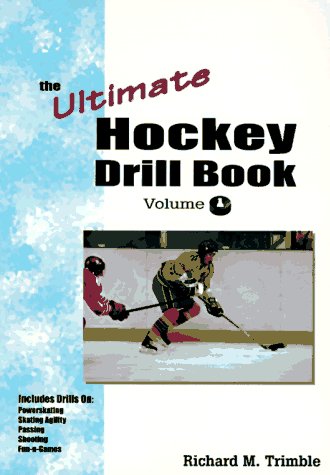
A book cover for The Ultimate Hockey Drill Book: Beginning Skills; Richard M. Trimble; Sports & Outdoors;